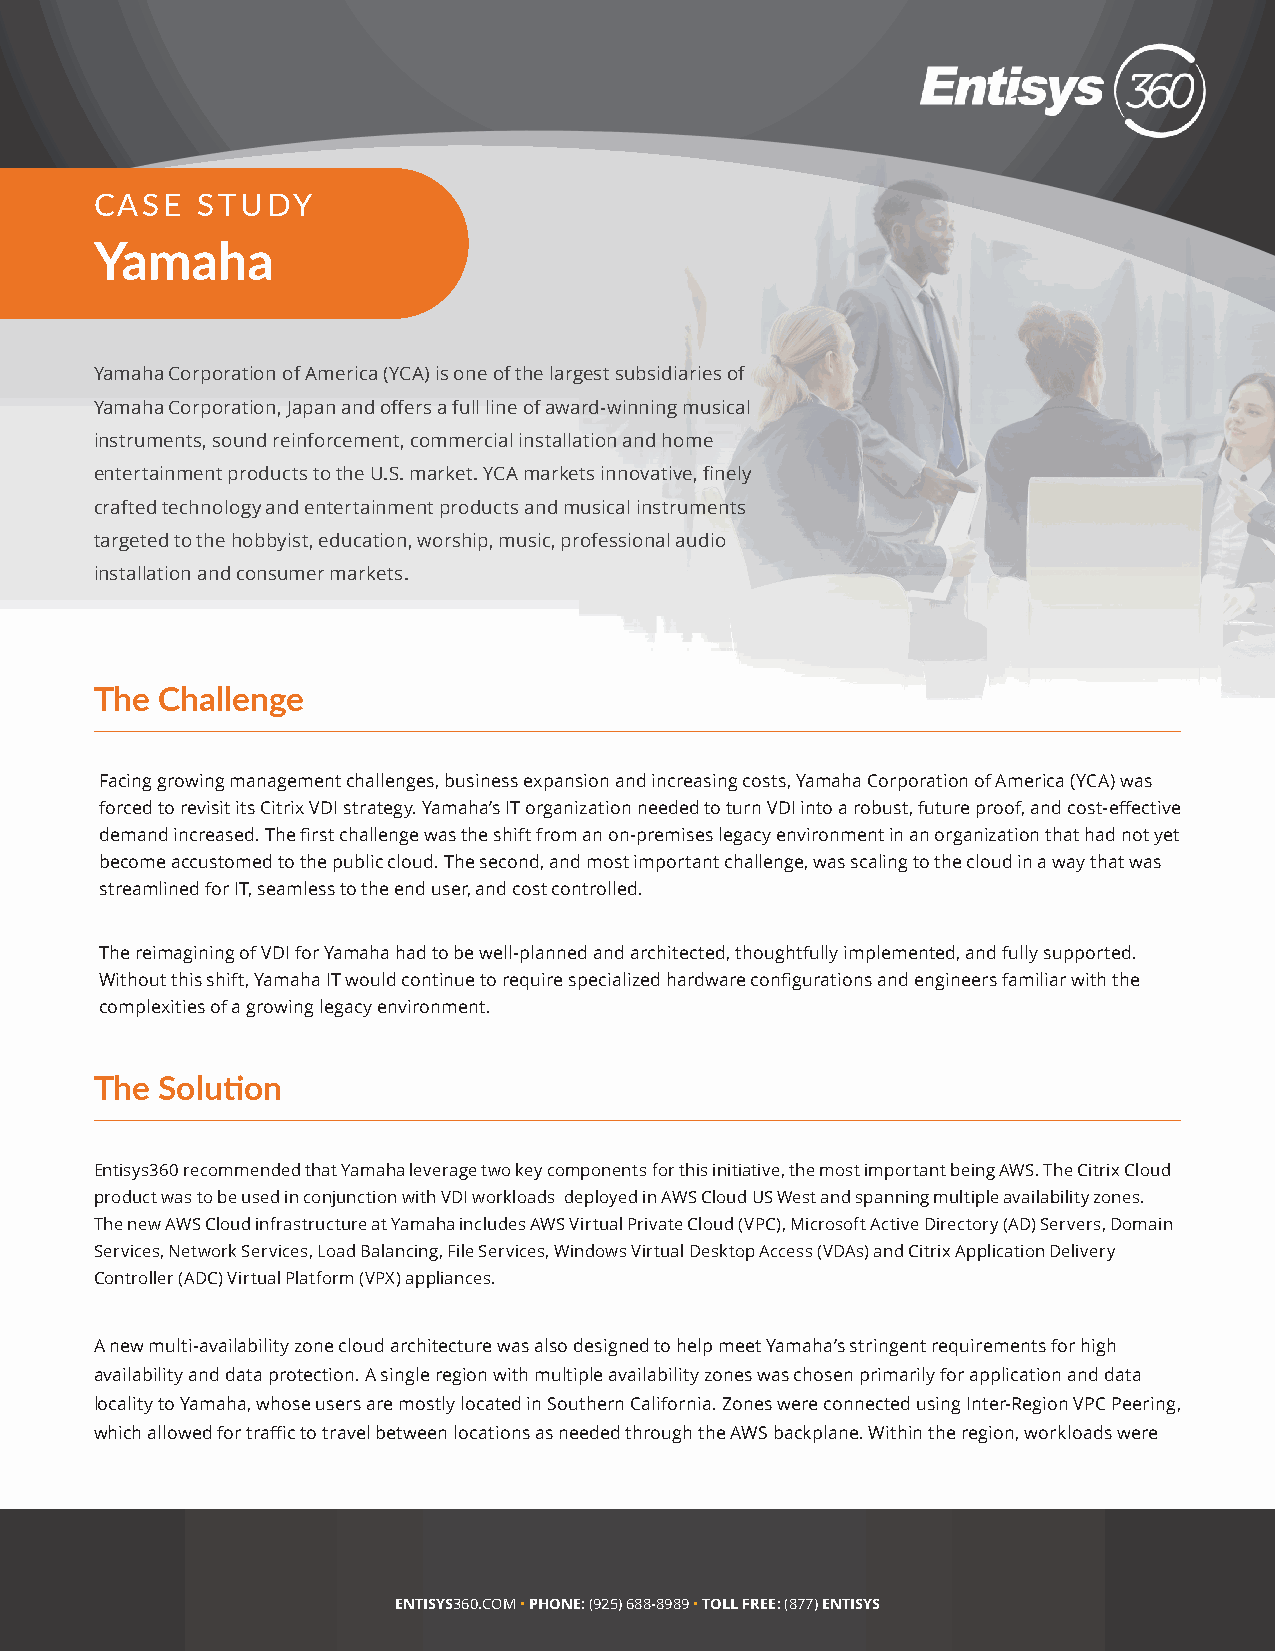
CASE   STUDY
 Yamaha
 Yamaha Corporation of America (YCA) is one of the largest subsidiaries of
 Yamaha Corporation, Japan and offers a full line of award-winning musical
 instruments, sound reinforcement, commercial installation and home
 entertainment products to the U.S. market. YCA markets innovative, finely
 crafted technology and entertainment products and musical instruments
 targeted to the hobbyist, education, worship, music, professional audio
 installation and consumer markets.
 The Challenge
 Facing growing management challenges, business expansion and increasing costs, Yamaha Corporation of America (YCA) was
 forced to revisit its Citrix VDI strategy. Yamaha’s IT organization needed to turn VDI into a robust, future proof, and cost-effective
 demand increased. The first challenge was the shift from an on-premises legacy environment in an organization that had not yet
 become accustomed to the public cloud. The second, and most important challenge, was scaling to the cloud in a way that was
 streamlined for IT, seamless to the end user, and cost controlled.
 The reimagining of VDI for Yamaha had to be well-planned and architected, thoughtfully implemented, and fully supported.
 Without this shift, Yamaha IT would continue to require specialized hardware configurations and engineers familiar with the
 complexities of a growing legacy environment.
 The Solution
 Entisys360 recommended that Yamaha leverage two key components for this initiative, the most important being AWS. The Citrix Cloud
 product was to be used in conjunction with VDI workloads deployed in AWS Cloud US West and spanning multiple availability zones.
 The new AWS Cloud infrastructure at Yamaha includes AWS Virtual Private Cloud (VPC), Microsoft Active Directory (AD) Servers, Domain
 Services, Network Services, Load Balancing, File Services, Windows Virtual Desktop Access (VDAs) and Citrix Application Delivery
 Controller (ADC) Virtual Platform (VPX) appliances.
 A new multi-availability zone cloud architecture was also designed to help meet Yamaha’s stringent requirements for high
 availability and data protection. A single region with multiple availability zones was chosen primarily for application and data
 locality to Yamaha, whose users are mostly located in Southern California. Zones were connected using Inter-Region VPC Peering,
 which allowed for traffic to travel between locations as needed through the AWS backplane. Within the region, workloads were
 ENTISYS360.COM • PHONE: (925) 688-8989 • TOLL FREE: (877) ENTISYS